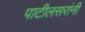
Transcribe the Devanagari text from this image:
पाटीलसरांनी